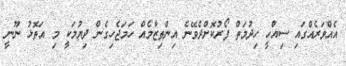
އެއްވަރެއްގައި ސިއްހީ ހިދުމަތް ފޯރުކޮށްދެވޭނެ އިންތިޒާމެއް ހަމަޖެހިގެން ދިޔުމަކީ މި އަތޮޅު ނޫނީ